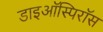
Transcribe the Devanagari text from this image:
डाइऑस्पिरॉस